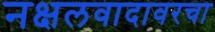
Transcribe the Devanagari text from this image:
नक्षलवादावरचा